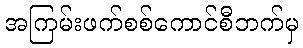
အကြမ်းဖက်စစ်ကောင်စီဘက်မှ